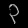
Digit: ၃